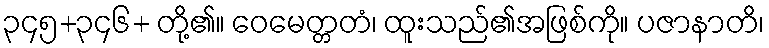
၃၄၅+၃၄၆+ တို့၏။ ဝေမေတ္တတံ၊ ထူးသည်၏အဖြစ်ကို။ ပဇာနာတိ၊